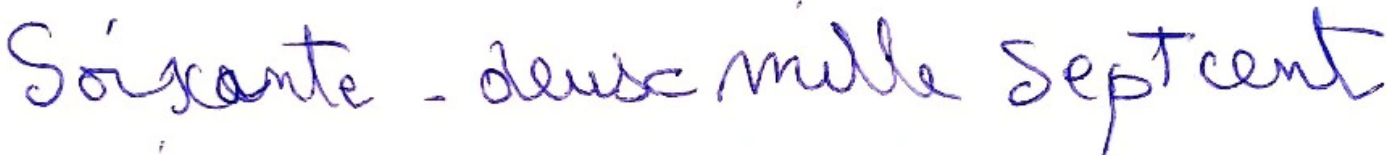
Soixante-deux mille Sept cent